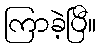
ကြာခဲ့ပြီ။